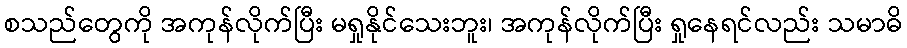
စသည်တွေကို အကုန်လိုက်ပြီး မရှုနိုင်သေးဘူး၊ အကုန်လိုက်ပြီး ရှုနေရင်လည်း သမာဓိ